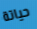
حياتة